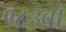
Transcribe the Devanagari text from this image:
१८३वॉ